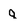
Character: q